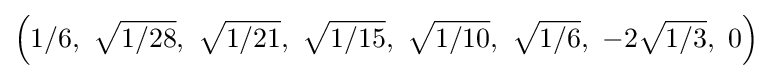
\left(1/6,\ {\sqrt {1/28}},\ {\sqrt {1/21}},\ {\sqrt {1/15}},\ {\sqrt {1/10}},\ {\sqrt {1/6}},\ -2{\sqrt {1/3}},\ 0\right)